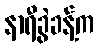
နာရီခွဲခန့်က